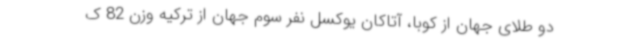
دو طلای جهان از کوبا، آتاکان یوکسل نفر سوم جهان از ترکیه وزن 82 ک